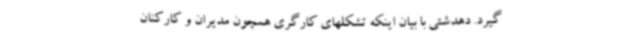
گیرد. دهدشتی با بیان اینکه تشکلهای کارگری همچون مدیران و کارکنان